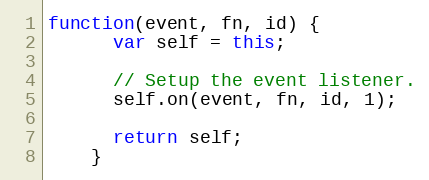
Language: JavaScript
function(event, fn, id) {
      var self = this;

      // Setup the event listener.
      self.on(event, fn, id, 1);

      return self;
    }